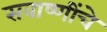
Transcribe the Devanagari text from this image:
सवाष्णींचे